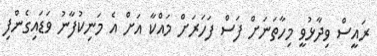
ރައީސް ވިދާޅުވީ މިހާތަނަށް ފަސް ފަހަރަށް މައްކާ އަށް އެ މަނިކުފާނު ވަޑައިގެންފި